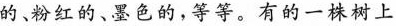
的、粉红的、墨色的，等等。有的一株树上